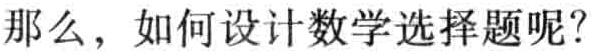
那么，如何设计数学选择题呢？